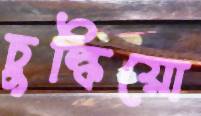
চুল্‌কিয়ো